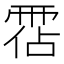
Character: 𩃅